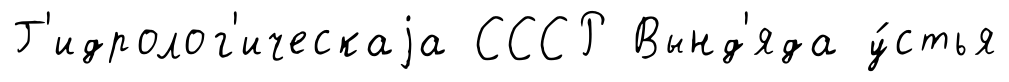
Г'идролог'ическаjа СССР Вынд'яда у́стья